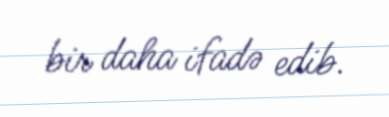
bir daha ifadə edib.